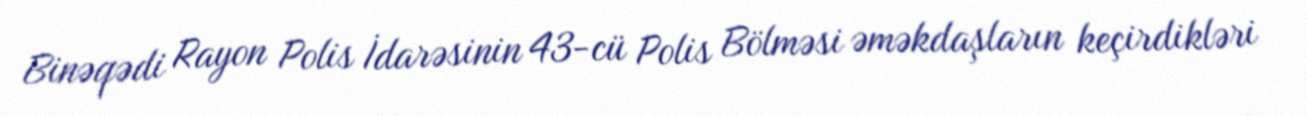
Binəqədi Rayon Polis İdarəsinin 43-cü Polis Bölməsi əməkdaşların keçirdikləri